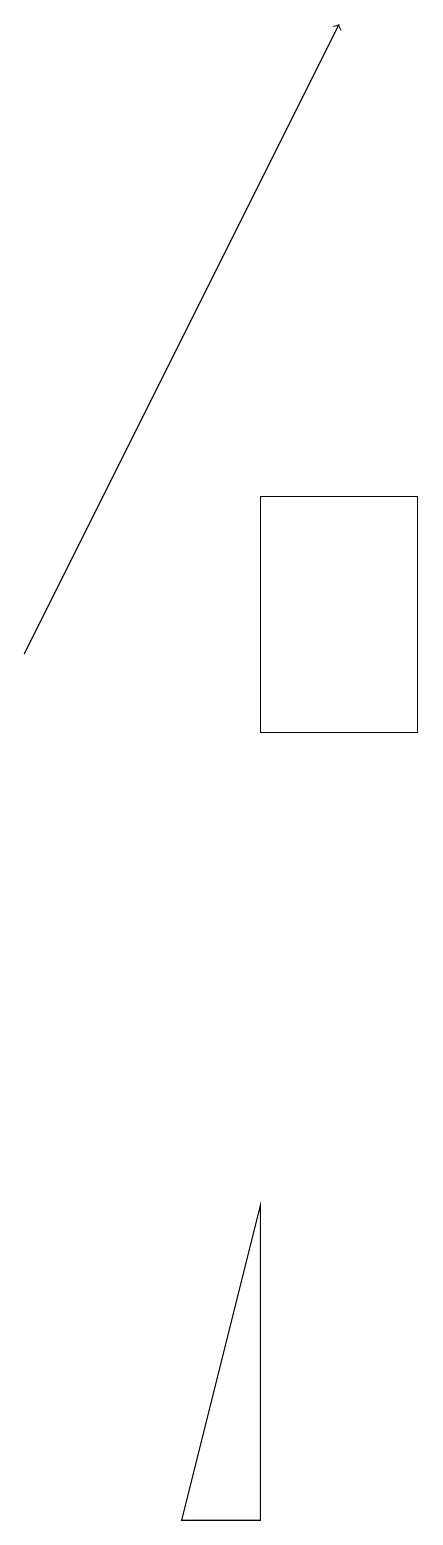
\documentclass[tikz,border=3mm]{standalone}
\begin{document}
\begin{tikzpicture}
\draw[->] (0,11) -- (4,19);
\draw (3,13) rectangle (5,10);
\draw (3,0) -- (3,4) -- (2,0) -- cycle;
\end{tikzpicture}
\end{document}